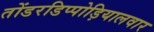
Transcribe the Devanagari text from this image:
तोंडरडिप्पोड़ियालवार